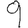
Digit: 9